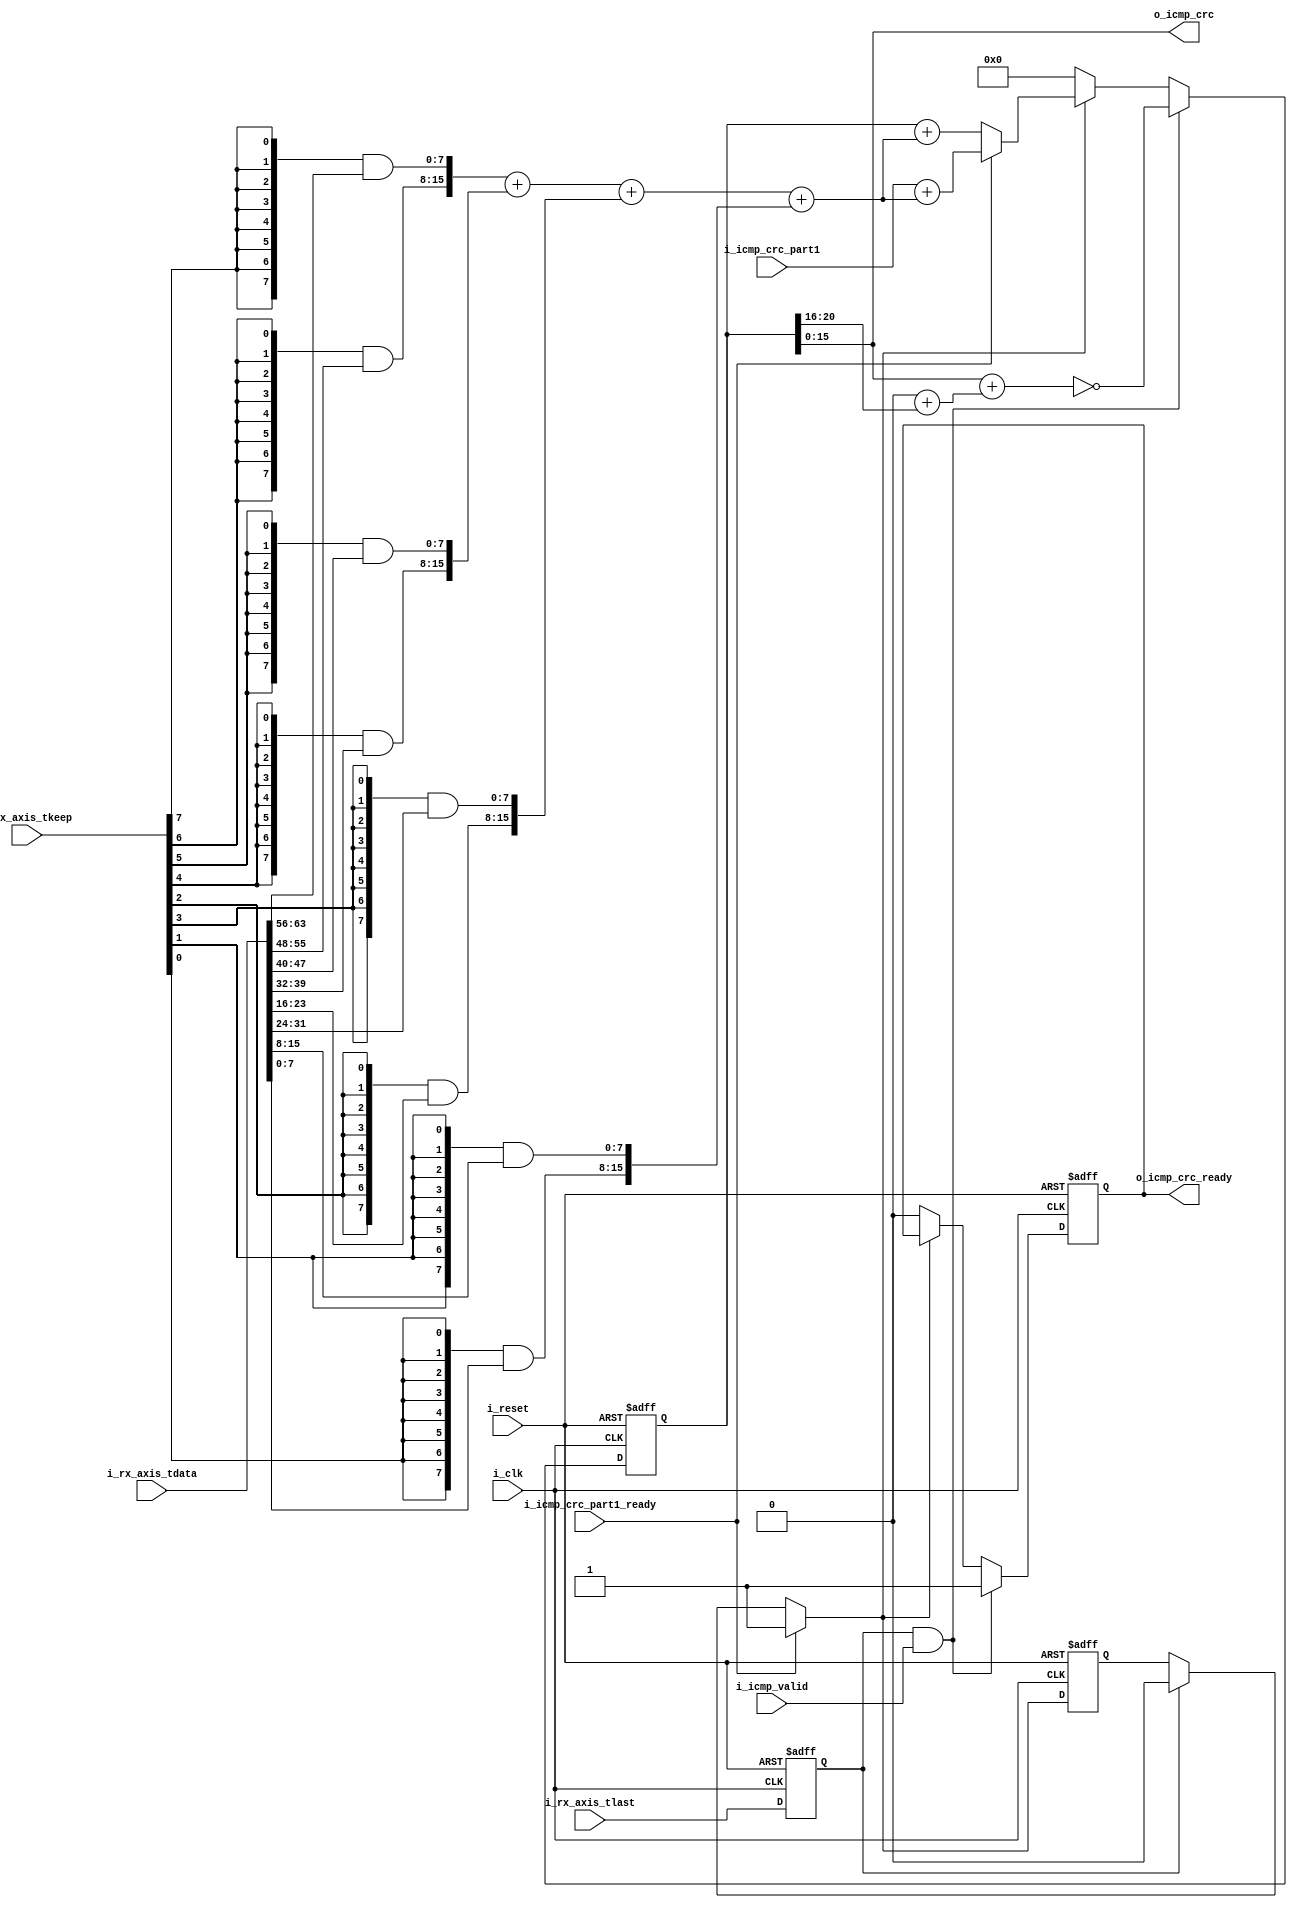
module ethernet_icmp_checksum_counter(
	input 				i_clk,
	input 				i_reset,
	
	input 		[63:0]	i_rx_axis_tdata, 
	input 				i_rx_axis_tlast, 
	input 		[7:0]	i_rx_axis_tkeep,
	
	input 				i_icmp_valid,
	
	input 		[20:0]	i_icmp_crc_part1,
	input 				i_icmp_crc_part1_ready,
	
	output wire [15:0]	o_icmp_crc,
	output reg 			o_icmp_crc_ready
);
	reg [20:0] o_icmp_crc_r;
	assign o_icmp_crc = o_icmp_crc_r[15:0];
	
	reg rx_axis_tlast_suspend;
	reg enable_r;
	wire enable = i_icmp_crc_part1_ready ? 1 :
				  rx_axis_tlast_suspend ? 0: enable_r;
	
	initial begin
		enable_r 			    <= 0;
		o_icmp_crc_r 			<= 0;
		rx_axis_tlast_suspend 	<= 0;
		o_icmp_crc_ready		<= 0;
	end
	
	wire [20:0] current_sum = {({8{i_rx_axis_tkeep[6]}} & i_rx_axis_tdata[7*8-1:6*8]), ({8{i_rx_axis_tkeep[7]}} & i_rx_axis_tdata[8*8-1:7*8])} + 
					          {({8{i_rx_axis_tkeep[4]}} & i_rx_axis_tdata[5*8-1:4*8]), ({8{i_rx_axis_tkeep[5]}} & i_rx_axis_tdata[6*8-1:5*8])} + 
					          {({8{i_rx_axis_tkeep[2]}} & i_rx_axis_tdata[3*8-1:2*8]), ({8{i_rx_axis_tkeep[3]}} & i_rx_axis_tdata[4*8-1:3*8])} + 
					          {({8{i_rx_axis_tkeep[0]}} & i_rx_axis_tdata[1*8-1:0]),   ({8{i_rx_axis_tkeep[1]}} & i_rx_axis_tdata[2*8-1:1*8])};
	
	always @(posedge i_clk, posedge i_reset) begin
		if (i_reset) begin
			enable_r			    <= 0;
			o_icmp_crc_r			<= 0;
			rx_axis_tlast_suspend	<= 0;
			o_icmp_crc_ready		<= 0;
		end else begin
			rx_axis_tlast_suspend <= i_rx_axis_tlast;
			enable_r              <= enable;
			
			if (enable) begin
				if (i_icmp_crc_part1_ready) begin
					o_icmp_crc_r <= i_icmp_crc_part1 + current_sum;
				end else begin
					o_icmp_crc_r <= o_icmp_crc_r + current_sum;
				end
			end
			
			if (rx_axis_tlast_suspend && i_icmp_valid) begin
			    o_icmp_crc_ready <= 1;
			    o_icmp_crc_r     <= ~(o_icmp_crc_r[15:0] + {{11{1'b0}} + o_icmp_crc_r[20:16]});
			end else if (~enable) begin
			    o_icmp_crc_ready <= 0;
                o_icmp_crc_r     <= 0;
			end
		end
	end
	
endmodule